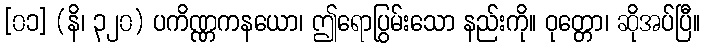
[၀၁] (နိ၊ ၃၂၀) ပကိဏ္ဏကနယော၊ ဤရောပြွမ်းသော နည်းကို။ ဝုတ္တော၊ ဆိုအပ်ပြီ။